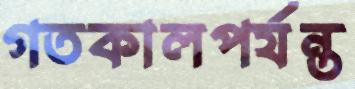
গতকালপর্যন্ত